Malaria in the Duars
Disease focus: Malaria
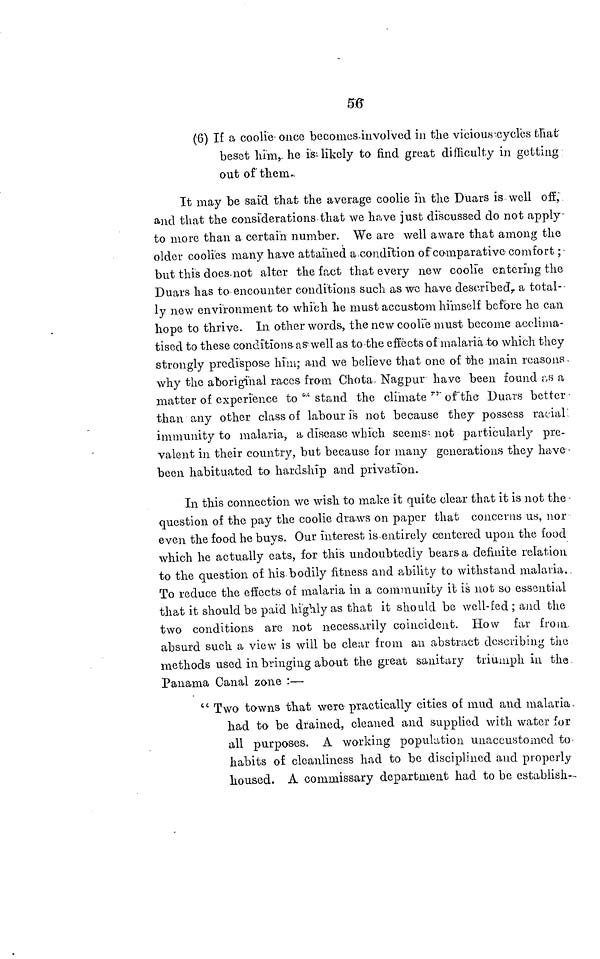
56
(6) If a coolie once becomes. involved in the vicious cycles that
besot him,. he is likely to find great difficulty in getting
out of them.
It may be said that the average coolie in the Duars is well off,
and that the considerations that we have just discussed do not apply
to more than a certain number. We are well aware that among the
older coolies many have attained a condition of comparative comfort ;
but this does.not alter the fact that every new coolie entering the
Duars has to encounter conditions such as we have described, a total-
ly new environment to which he must accustom himself before he can
hope to thrive. In other words, the new coolie must become acclima-
tised to these conditions as well as to the effects of malaria-to which they
strongly predispose him; and we believe that one of the main reasons
why the aboriginal races from Chota. Nagpur have been found as a
matter of experience to " stand the climate " of the Duars better
than any other class of labour is not because they possess racial
immunity to malaria, a disease which seems not particularly pre-
valent in their country, but because for many generations they have -
been habituated to hardship and privation.
In this connection we wish to make it quite clear that it is not the •
question of the pay the coolie draws on paper that concerns us, nor
even the food he buys. Our interest is entirely centered upon the food
which he actually eats, for this undoubtedly bears a definite relation
to the question of his bodily fitness and ability to withstand malaria.
To reduce the effects of malaria in a community it is not so essential
that it should be paid highly as that it should be well-fed ; and the
two conditions are not necessarily coincident. How far from,
absurd such a view is will be clear from an abstract describing the
methods used in bringing about the great sanitary triumph in the
Panama Canal zone :—
" Two towns that were practically cities of mud and malaria.
had to be drained, cleaned and supplied with water for
all purposes. A working population unaccustomed to
habits of cleanliness had to be disciplined and properly
housed. A commissary department had to be establish—